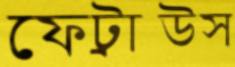
ফেট্রাউস